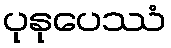
ပုနုပေဿံ